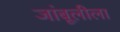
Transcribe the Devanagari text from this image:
जांबूलीला